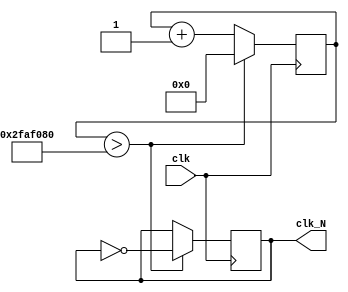
`timescale 1ns / 1ps
//////////////////////////////////////////////////////////////////////////////////
//
// HUST Digital Logic Experiment 4 Clock divider
//
// Pan Yue
//  
//////////////////////////////////////////////////////////////////////////////////

module divider(clk, clk_N);
  input clk;
  output reg clk_N;
  parameter N = 100_000_000;
  reg [31:0] counter;

  initial
  begin
    counter = 0;
    clk_N = 0;
  end
  always @(posedge clk)
  begin
    counter <= counter + 1;
    if (counter > N / 2)
      begin
        clk_N <= ~clk_N;
        counter <= 0;
      end
  end
endmodule